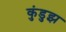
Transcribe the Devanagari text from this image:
कुंडुझ